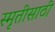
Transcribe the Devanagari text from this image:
स्मृतीसाठी